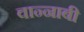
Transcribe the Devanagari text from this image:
वान्नाबी